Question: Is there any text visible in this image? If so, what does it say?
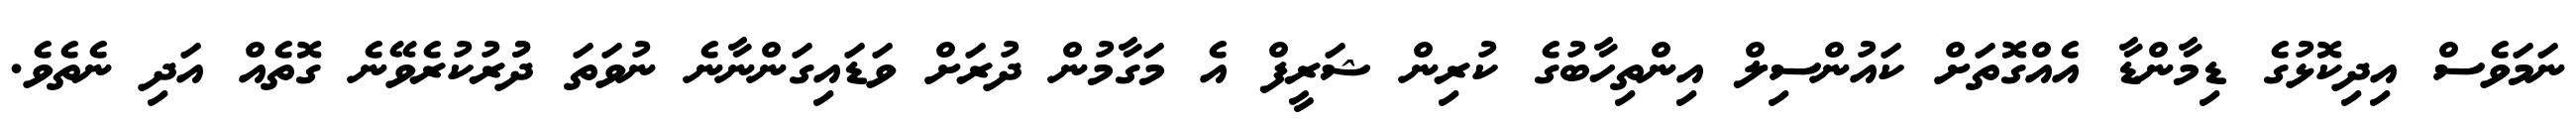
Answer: ނަމަވެސް އިދިކޮޅުގެ ޑިމާންޑާ އެއްގޮތަށް ކައުންސިލް އިންތިހާބުގެ ކުރިން ޝަރީފް އެ މަގާމުން ދުރަށް ވަޑައިގަންނާނެ ނުވަތަ ދުުރުކުރެވޭނެ ގޮތެއް އަދި ނެތެވެ.